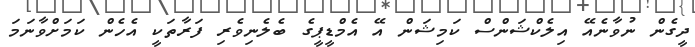
ދީގެން ނުވާނެއޭ އިލެކްޝަންސް ކަމިޝަން އޭ އެމްޑީޕީގެ ބެލެނިވެރި ފަރާތަކީ އެހެން ކަމަށްވާނަމަ